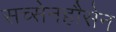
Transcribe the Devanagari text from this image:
सच्सेनहौसेन